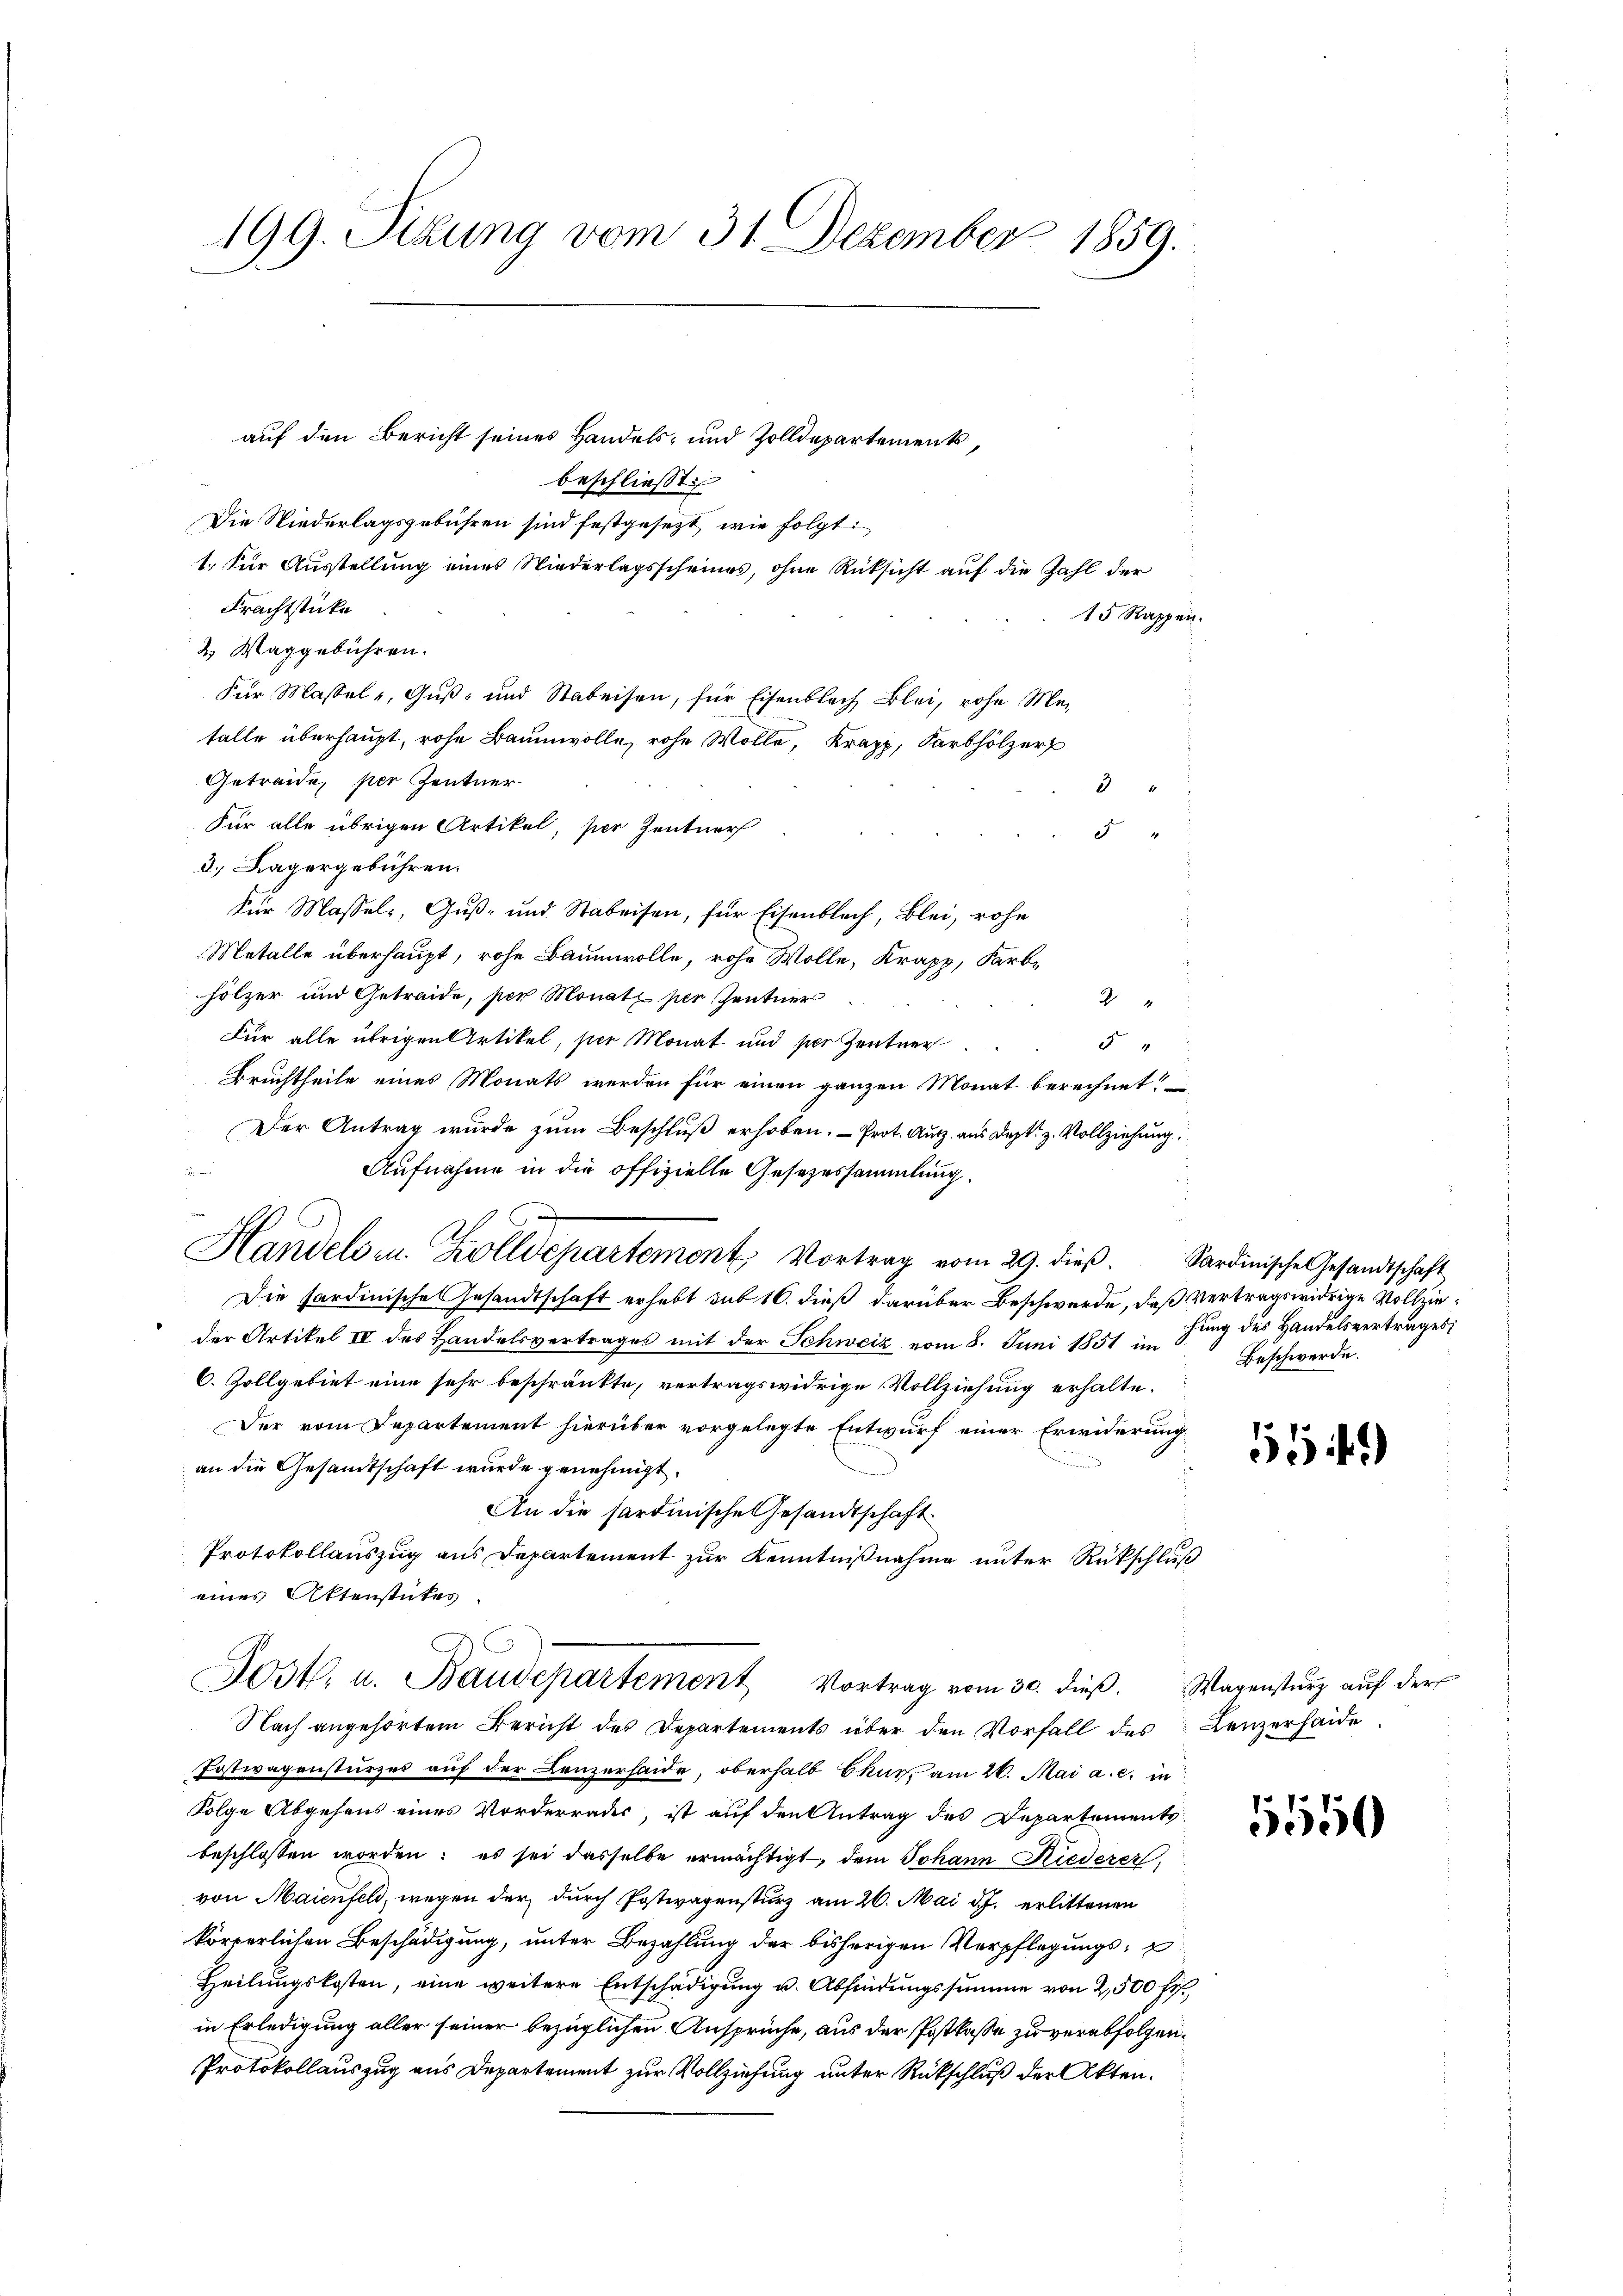
199. Sekung vom 31. Dezember 1859.

auf den Bericht seines Handels- und Zolldepartements
4
beschließt:
Die Niederlagsgebühren sind festgesezt, wie folgt:
1. Für Ausstellung eines Niederlagsscheines, ohne Rücksicht auf die Zahl der
Frachtstücke
15 Rappen.
2 Waggebühren.
Für Massel, Guß- und Stabeisen, für Eisenblach Blei, rohe Mafalle überhaupt, rohe Baumwolle, rohe Wolle, Krapp, Sarbhölzer
Getreide, per Centner
8
Für alle übrigen Artikel, per Zentner
5 "
3.) Lagergebühren.
Für Massel, Guß- und Stabeisen, für Eisenblech, Blei, rohe
Metalle überhaupt, rohe Baumwolle, rohe Wolle, Krapp, Farbe
hölzer und Getraide, per Monatz per Zentner
2
Für alle übrigen Artikel, hier Monat und ser Zentner
Bruchtheile eines Monats werden für einen ganzen Monat berechnet.
Der Antrag wurde zum Beschluß erhoben. - Prot. Ausz. aus Depk. z. Vollziehung
¬
Aufnahme in die offizielle Gesezessammlung.
Handels in Zolldepartement, Vortrag vom 29. dieß. Sardinische Gesandtschaft
Die Sardinische Gesandtschaft erhebt sub 16. dieß darüber Beschwerde, daß vertragswidrige Vollzieder Artikel IV des Handelsvertrages mit der Schweiz vom 8. Juni 1851 im
C. Zollgebiet eine sehr beschränkte, vertragswidrige Vollziehung erhalte.
Der vom Departement hierüber vorgelegte Entwurf einer Erwiderung
an die Gesandtschaft wurde genehmigt.
An die sardinische Gesandtschaft
Protokollauszug aus Departement zur Kenntnißnahme unter Rückschluß
eines Aktenstückes.
Jost. u. Baudepartement Vortrag vom 30. dieβ. Wagensturz aŭf der
Nach angehörtem Bericht des Departements über den Vorfall des Lenzerhande
Postwagensturzes auf der Lenzerhaide, oberhalb Chur am 20. Mai a. c. in
Folge Abgehens eines Vorderrades, ist auf den Antrag des Departements
beschlossen worden; es sei dasselbe ermächtigt, dem Johann Riederer,
von Maienfeld, wegen der durch Postwagensturz am 26. Mai d. J. erlittenen
körperlichen Beschädigung, unter Bezahlung der bisherigen Verpflegungs-
Heilungskosten, eine weitere Entschädigung u. Abfindungssumme von 2,500 fr.,
in Erledigung aller seiner bezüglichen Ansprüche, aus der Postkasse zu verabfolgen.
Protokollauszug aus Departement zur Vollziehung unter Rückschluß der Akten.

hung des Handelsvertrages:
Beschwerde.

56)

550